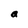
Character: a